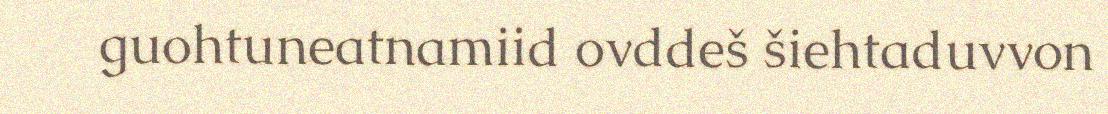
guohtuneatnamiid ovddeš šiehtaduvvon